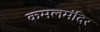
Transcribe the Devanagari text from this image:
कमलमंदिर